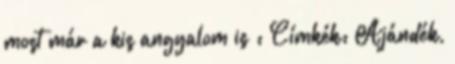
most már a kis angyalom is : Címkék: Ajándék,